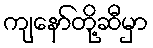
ကျနော်တို့ဆီမှာ